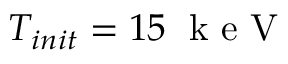
T _ { i n i t } = 1 5 \; \mathrm { ~ k ~ e ~ V ~ }